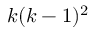
k ( k - 1 ) ^ { 2 }